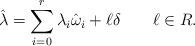
LaTeX: \begin{align*}\hat{\lambda}=\sum_{i=0}^{r}\lambda_{i}\hat{\omega}_{i}+\ell\delta\qquad\ell\in R.\end{align*}